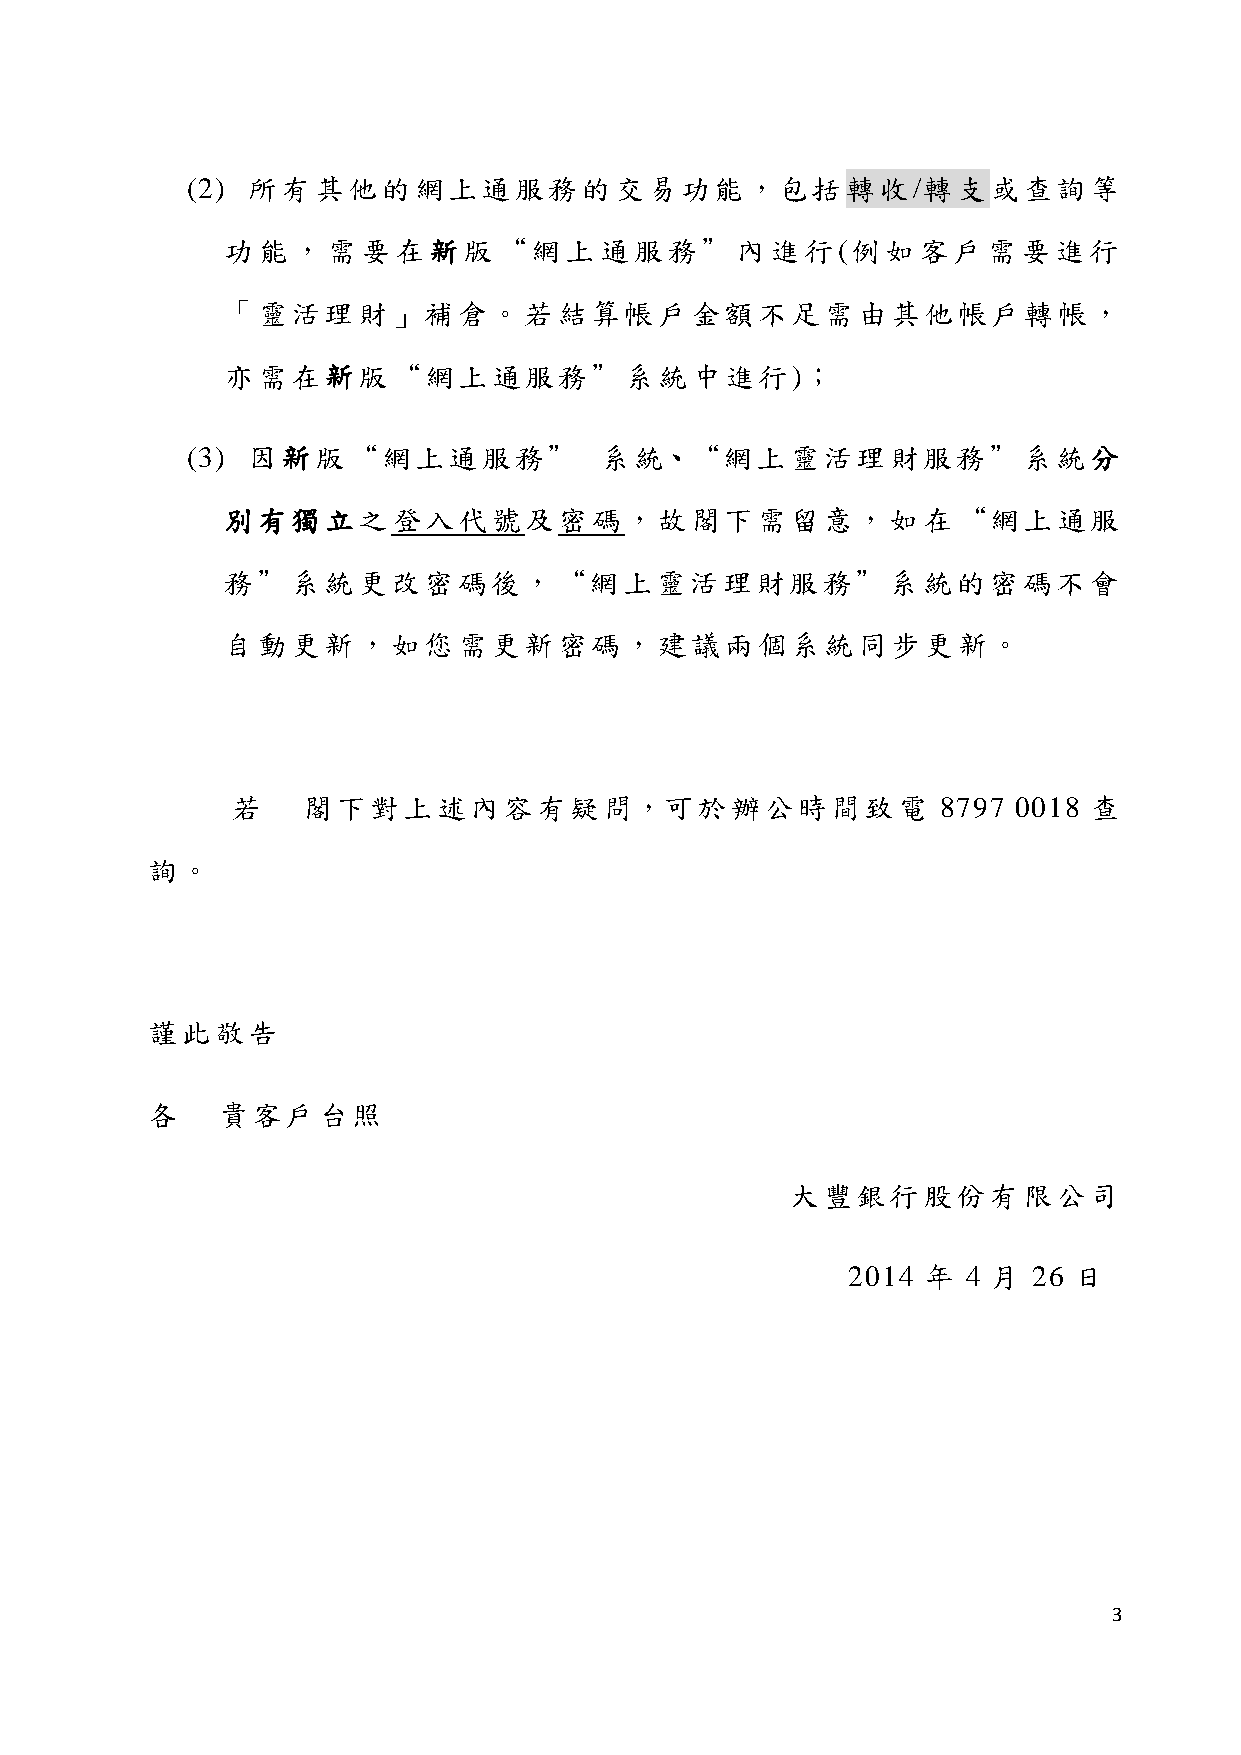
(2) 所有其他的網上通服務的交易功能，包括轉收/轉支或查詢等
 功能，需要在新版“網上通服務”內進行(例如客戶需要進行
 「靈活理財」補倉。若結算帳戶金額不足需由其他帳戶轉帳，
 亦需在新版“網上通服務”系統中進行)；
 (3) 因新版“網上通服務”              系統、“網上靈活理財服務”系統分
 別有獨立之登入代號及密碼，故閣下需留意，如在“網上通服
 務”系統更改密碼後，“網上靈活理財服務”系統的密碼不會
 自動更新，如您需更新密碼，建議兩個系統同步更新。
 若    閣下對上述內容有疑問，可於辦公時間致電                       8797 0018 查
 詢。
 謹此敬告
 各   貴客戶台照
 大豐銀行股份有限公司
 2014 年  4 月 26 日
 3